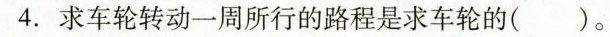
4. 求车轮转动一周所行的路程是求车轮的( )。